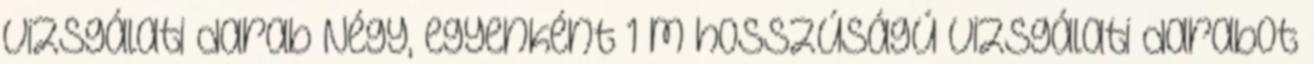
Vizsgálati darab Négy, egyenként 1 m hosszúságú vizsgálati darabot